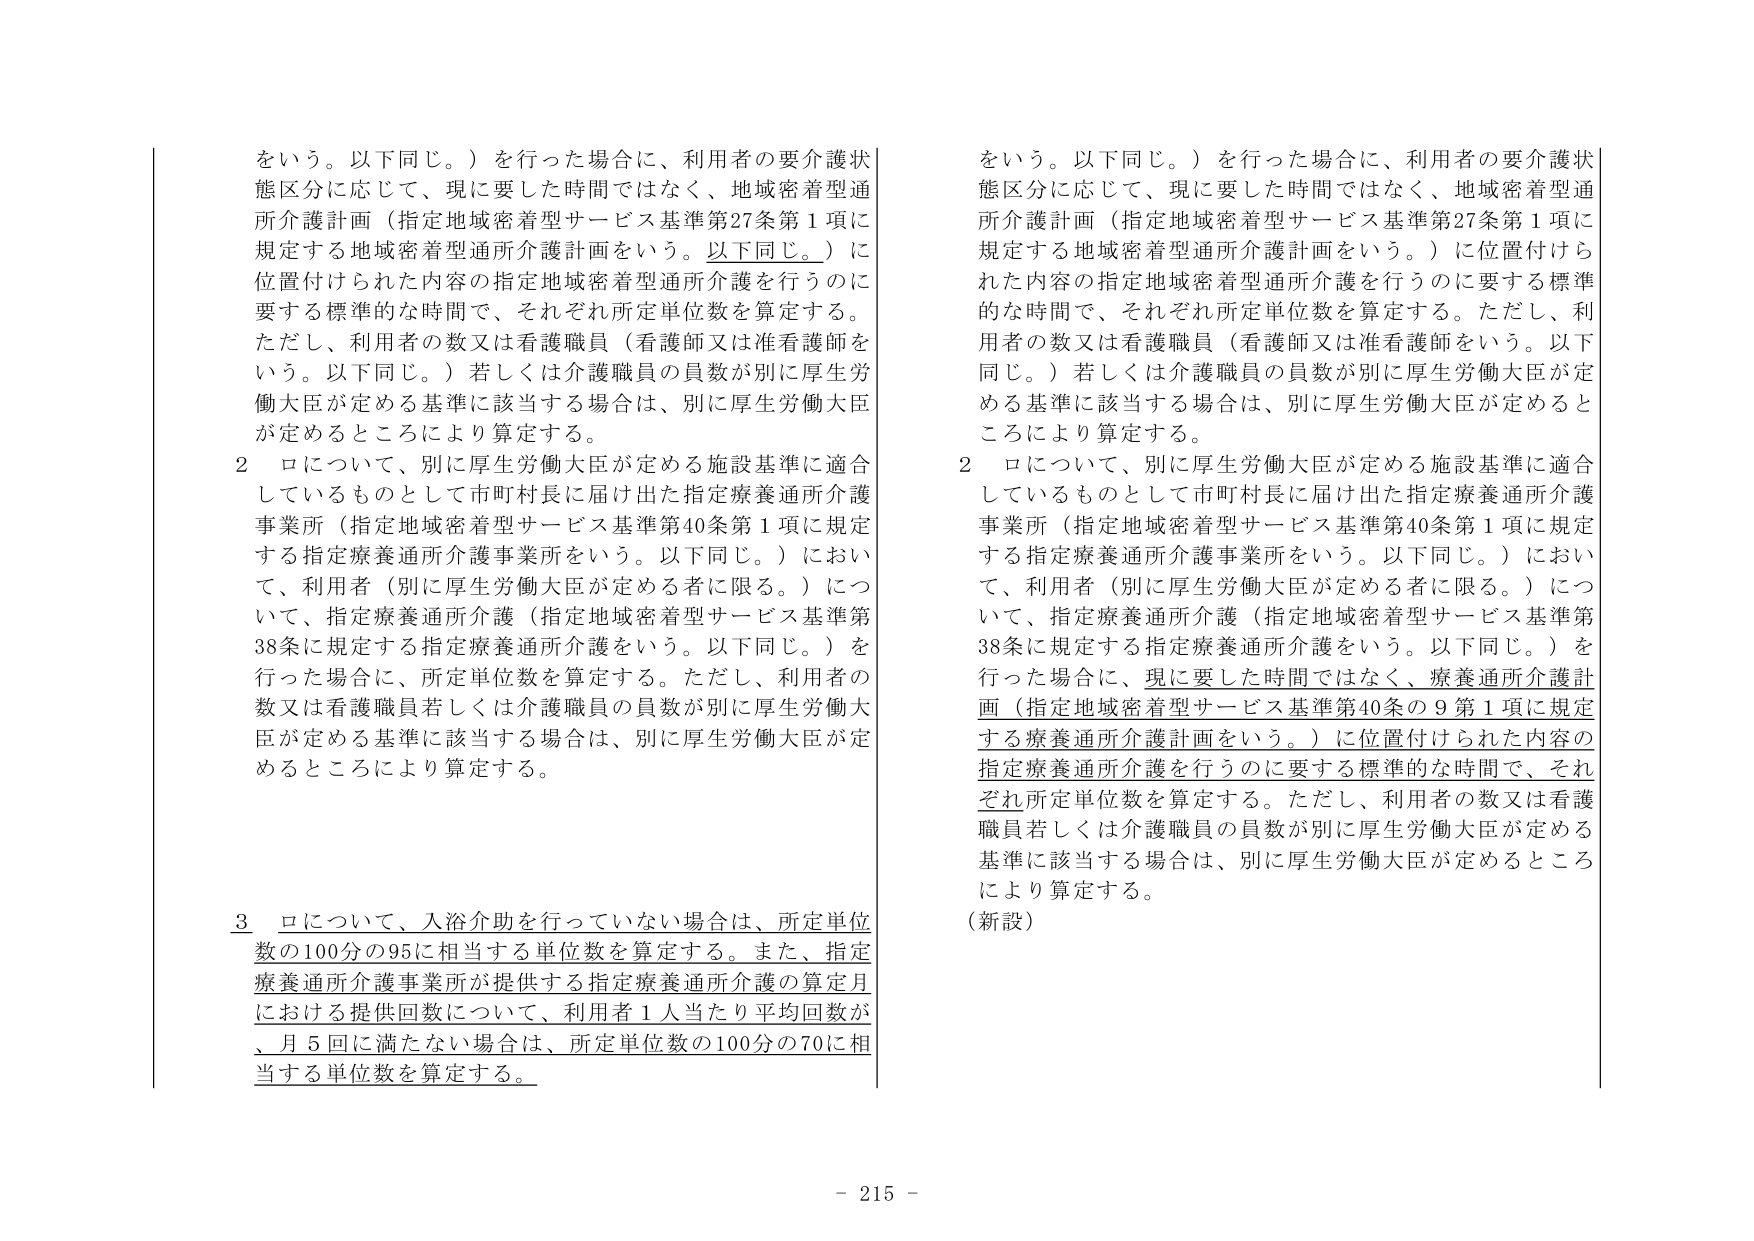
をいう。以下同じ。）を行った場合に、利用者の要介護状態区分に応じて、現に要した時間ではなく、地域密着型通所介護計画（指定地域密着型サービス基準第27条第1項に規定する地域密着型通所介護計画をいう。以下同じ。）に位置付けられた内容の指定地域密着型通所介護を行うのに要する標準的な時間で、それぞれ所定単位数を算定する。ただし、利用者の数又は看護職員（看護師又は准看護師をいう。以下同じ。）若しくは介護職員の員数が別に厚生労働大臣が定める基準に該当する場合は、別に厚生労働大臣が定めるところにより算定する。

2 ロについて、別に厚生労働大臣が定める施設基準に適合しているものとして市町村長に届け出た指定療養通所介護事業所（指定地域密着型サービス基準第40条第1項に規定する指定療養通所介護事業所をいう。以下同じ。）において、利用者（別に厚生労働大臣が定める者に限る。）について、指定療養通所介護（指定地域密着型サービス基準第38条に規定する指定療養通所介護をいう。以下同じ。）を行った場合に、所定単位数を算定する。ただし、利用者の数又は看護職員若しくは介護職員の員数が別に厚生労働大臣が定める基準に該当する場合は、別に厚生労働大臣が定めるところにより算定する。

3 ロについて、入浴介助を行っていない場合は、所定単位数の100分の95に相当する単位数を算定する。また、指定療養通所介護事業所が提供する指定療養通所介護の算定月における提供回数について、利用者1人当たり平均回数が、月5回に満たない場合は、所定単位数の100分の70に相当する単位数を算定する。

をいう。以下同じ。）を行った場合に、利用者の要介護状態区分に応じて、現に要した時間ではなく、地域密着型通所介護計画（指定地域密着型サービス基準第27条第1項に規定する地域密着型通所介護計画をいう。）に位置付けられた内容の指定地域密着型通所介護を行うのに要する標準的な時間で、それぞれ所定単位数を算定する。ただし、利用者の数又は看護職員（看護師又は准看護師をいう。以下同じ。）若しくは介護職員の員数が別に厚生労働大臣が定める基準に該当する場合は、別に厚生労働大臣が定めるところにより算定する。

2 ロについて、別に厚生労働大臣が定める施設基準に適合しているものとして市町村長に届け出た指定療養通所介護事業所（指定地域密着型サービス基準第40条第1項に規定する指定療養通所介護事業所をいう。以下同じ。）において、利用者（別に厚生労働大臣が定める者に限る。）について、指定療養通所介護（指定地域密着型サービス基準第38条に規定する指定療養通所介護をいう。以下同じ。）を行った場合に、現に要した時間ではなく、療養通所介護計画（指定地域密着型サービス基準第40条の9第1項に規定する療養通所介護計画をいう。）に位置付けられた内容の指定療養通所介護を行うのに要する標準的な時間で、それぞれ所定単位数を算定する。ただし、利用者の数又は看護職員若しくは介護職員の員数が別に厚生労働大臣が定める基準に該当する場合は、別に厚生労働大臣が定めるところにより算定する。

（新設）

- 215 -